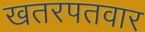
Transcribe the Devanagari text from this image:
खतरपतवार